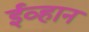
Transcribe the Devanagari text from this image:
ईव्हान